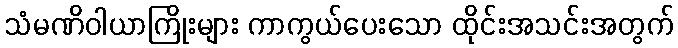
သံမဏိဝါယာကြိုးများ ကာကွယ်ပေးသော ထိုင်းအသင်းအတွက်